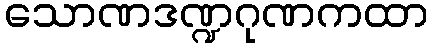
သောဏဒဏ္ဍဂုဏကထာ